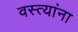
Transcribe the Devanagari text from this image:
वस्त्यांना